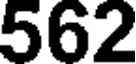
562